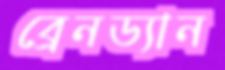
ব্রেনড্যান